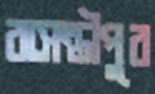
বাসন্তীপুর